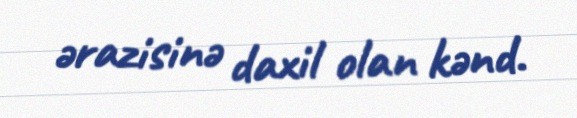
ərazisinə daxil olan kənd.